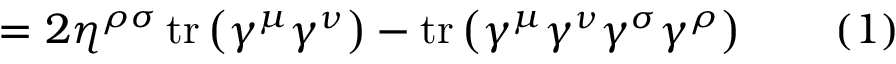
= 2 \eta ^ { \rho \sigma } \operatorname { t r } \left( \gamma ^ { \mu } \gamma ^ { \nu } \right) - \operatorname { t r } \left( \gamma ^ { \mu } \gamma ^ { \nu } \gamma ^ { \sigma } \gamma ^ { \rho } \right) \quad \quad ( 1 )